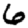
Digit: 6